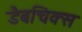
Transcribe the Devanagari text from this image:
डैबचिक्स